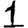
Digit: 1